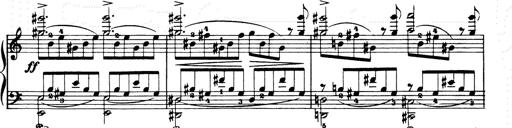
Title: Consolations and LiebestrÃ¤ume for the Piano
Composer: Franz Liszt